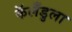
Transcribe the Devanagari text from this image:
कॅलँडुला